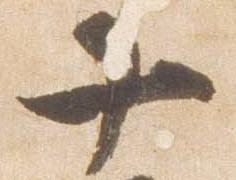
十